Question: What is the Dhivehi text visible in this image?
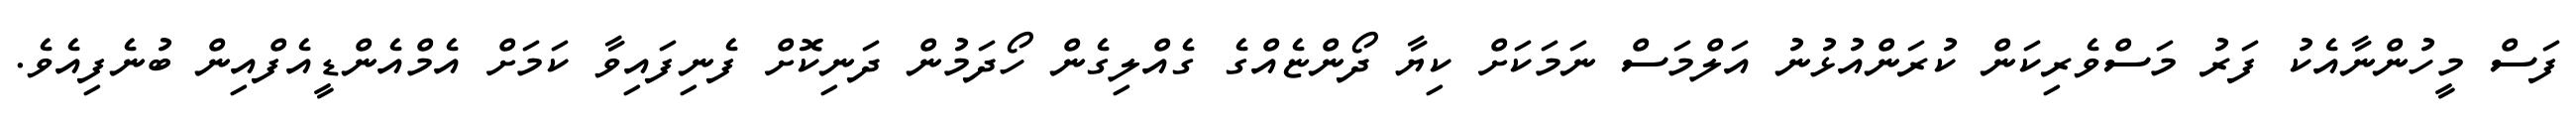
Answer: ފަސް މީހުންނާއެކު ފަރު މަސްވެރިކަން ކުރަންއުޅުނު އަލްމަސް ނަމަކަށް ކިޔާ ދޯންޏެއްގެ ގެއްލިގެން ހޯދަމުން ދަނިކޮށް ފެނިފައިވާ ކަމަށް އެމްއެންޑީއެފްއިން ބުނެފިއެވެ.